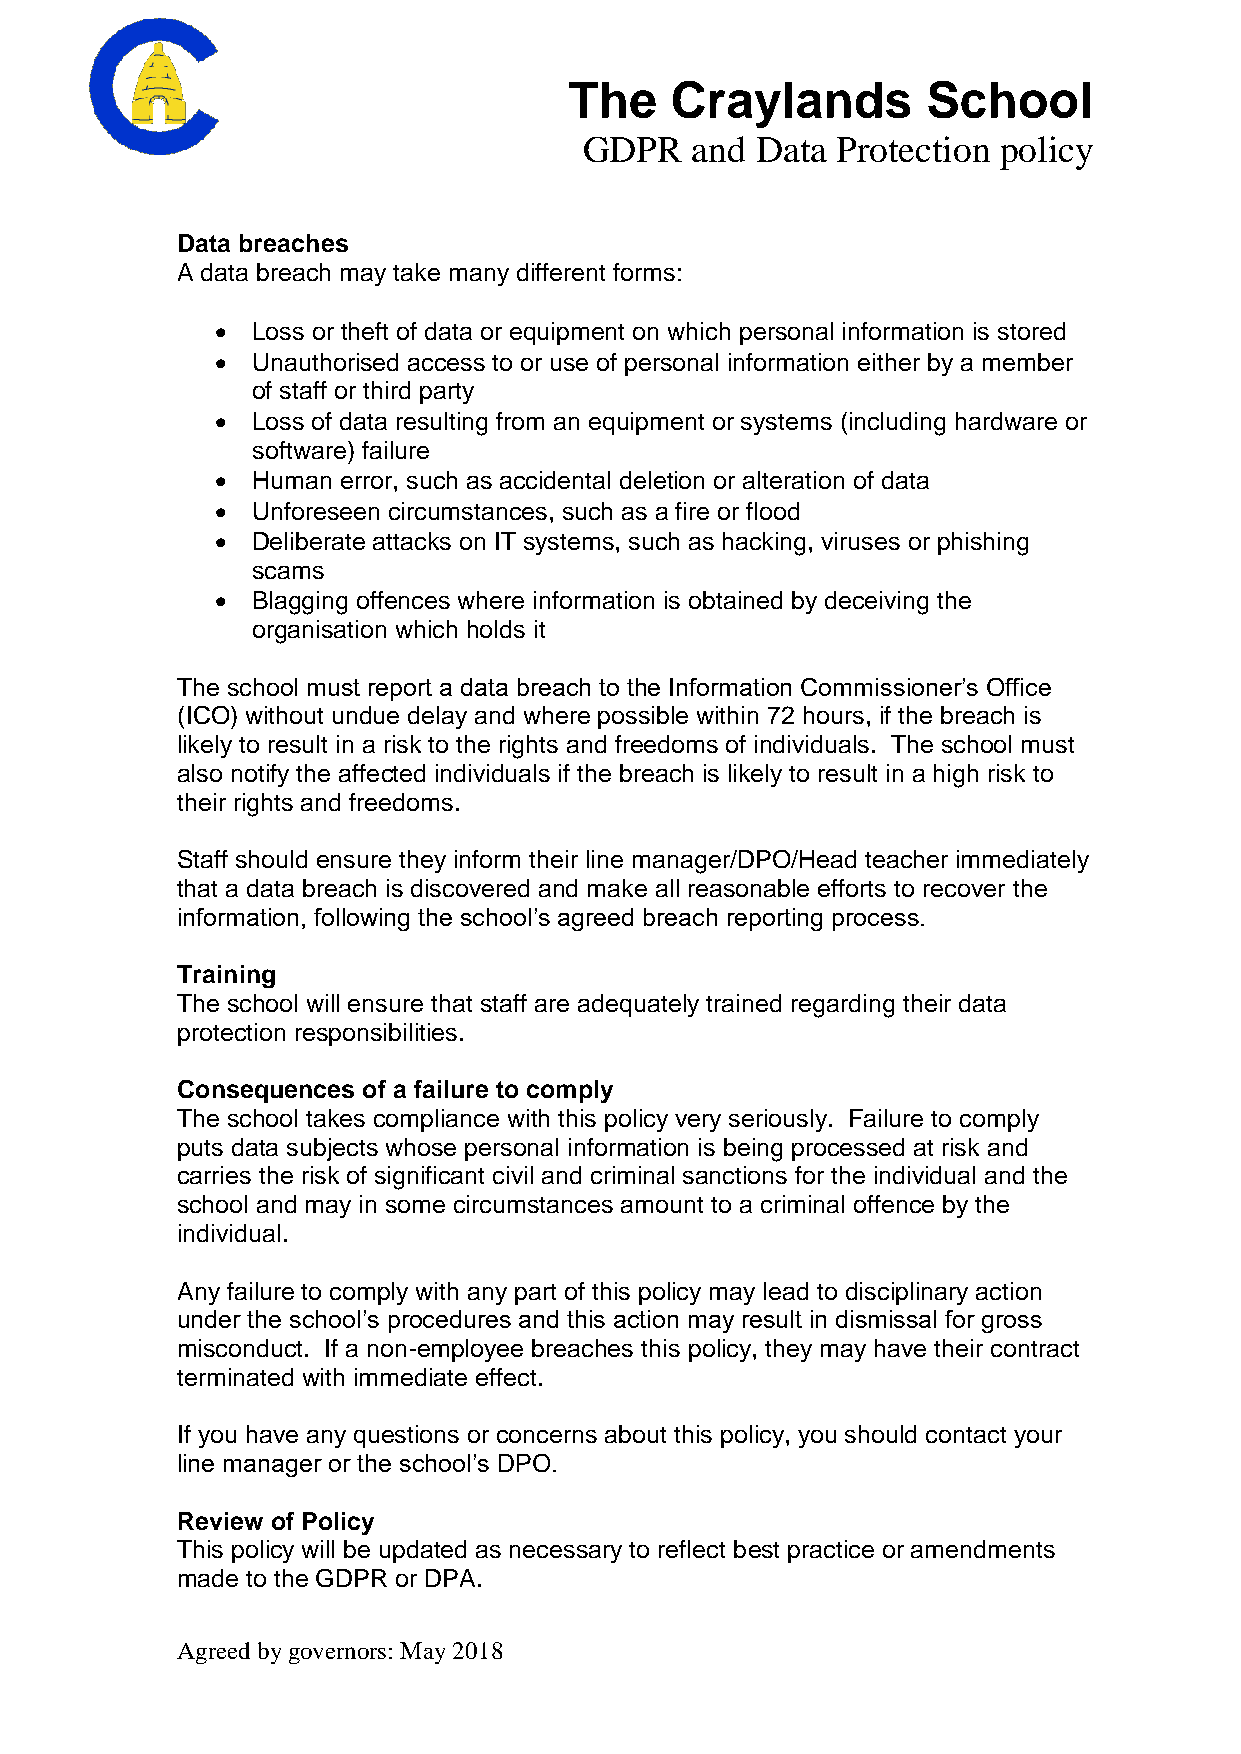
The   Craylands        School
 GDPR   and Data Protection policy
 Data breaches
 A data breach may take many different forms:
   Loss or theft of data or equipment on which personal information is stored
   Unauthorised access to or use of personal information either by a member
 of staff or third party
   Loss of data resulting from an equipment or systems (including hardware or
 software) failure
   Human error, such as accidental deletion or alteration of data
   Unforeseen circumstances, such as a fire or flood
   Deliberate attacks on IT systems, such as hacking, viruses or phishing
 scams
   Blagging offences where information is obtained by deceiving the
 organisation which holds it
 The school must report a data breach to the Information Commissioner’s Office
 (ICO) without undue delay and where possible within 72 hours, if the breach is
 likely to result in a risk to the rights and freedoms of individuals. The school must
 also notify the affected individuals if the breach is likely to result in a high risk to
 their rights and freedoms.
 Staff should ensure they inform their line manager/DPO/Head teacher immediately
 that a data breach is discovered and make all reasonable efforts to recover the
 information, following the school’s agreed breach reporting process.
 Training
 The school will ensure that staff are adequately trained regarding their data
 protection responsibilities.
 Consequences of a failure to comply
 The school takes compliance with this policy very seriously. Failure to comply
 puts data subjects whose personal information is being processed at risk and
 carries the risk of significant civil and criminal sanctions for the individual and the
 school and may in some circumstances amount to a criminal offence by the
 individual.
 Any failure to comply with any part of this policy may lead to disciplinary action
 under the school’s procedures and this action may result in dismissal for gross
 misconduct. If a non-employee breaches this policy, they may have their contract
 terminated with immediate effect.
 If you have any questions or concerns about this policy, you should contact your
 line manager or the school’s DPO.
 Review of Policy
 This policy will be updated as necessary to reflect best practice or amendments
 made to the GDPR or DPA.
 Agreed by governors: May 2018